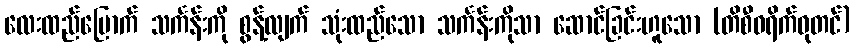
လေးထည်မြောက် သင်္ကန်းကို စွန့်လျက် သုံးထည်သော သင်္ကန်းကိုသာ ဆောင်ခြင်းဟူသော (တိစီဝရိက်ဓုတင်)